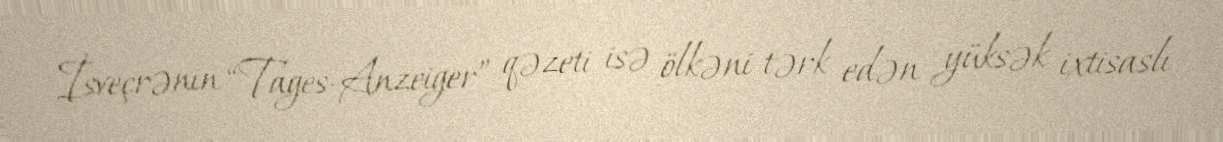
İsveçrənin “Tages-Anzeiger” qəzeti isə ölkəni tərk edən yüksək ixtisaslı